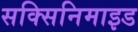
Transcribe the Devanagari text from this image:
सक्सिनिमाइड